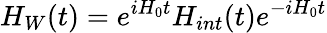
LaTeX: H_{W}(t)=e^{iH_{0}t}H_{int}(t)e^{-iH_{0}t}